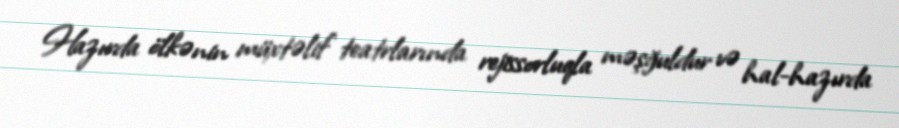
Hazırda ölkənin müxtəlif teatrlarında rejissorluqla məşğuldur və hal-hazırda